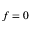
f = 0